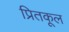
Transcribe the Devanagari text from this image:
प्रितकूल